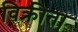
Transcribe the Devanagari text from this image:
विक्रीता